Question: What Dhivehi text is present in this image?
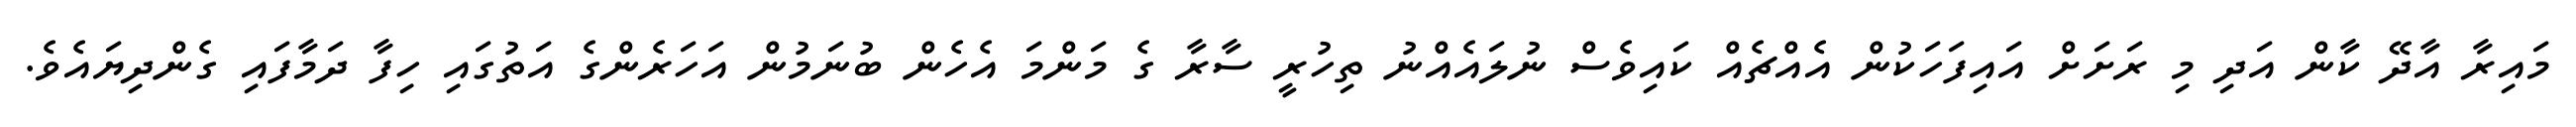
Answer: މައިރާ އާދޭ ކާން އަދި މި ރަށަށް އައިފަހަކުން އެއްޗެއް ކައިވެސް ނުލައެއްނު ތިހުރީ ސާރާ ގެ މަންމަ އެހެން ބުނަމުން އަހަރެންގެ އަތުގައި ހިފާ ދަމާފައި ގެންދިޔައެވެ.